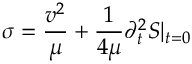
\sigma = \frac { v ^ { 2 } } { \mu } + \frac { 1 } { 4 \mu } \partial _ { t } ^ { 2 } { \cal S } | _ { t = 0 }